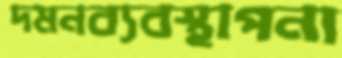
দমনব্যবস্থাপনা